Mental hospitals Bombay report 1929-33 - 1929-1933
Year: 1929
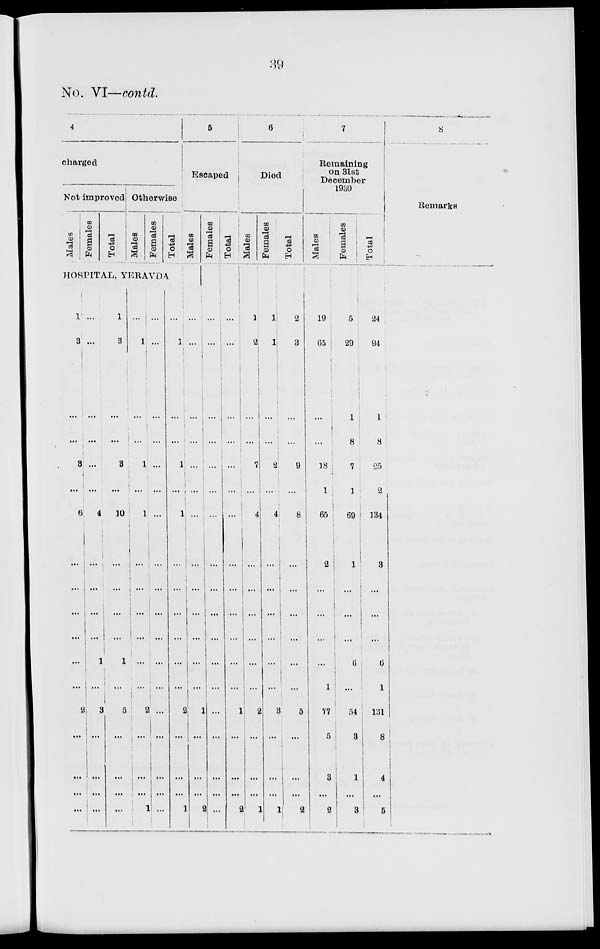
39
No. VI—contd.
4
charged
Not improved
Males
Females
Total
Otherwise
Males
Females
Total
HOSPITAL, YERAVDA
1
3
...
...
3
...
6
...
...
...
...
...
...
2
...
...
...
...
...
...
...
...
...
...
4
...
...
...
...
...
...
3
...
...
...
...
1
3
...
...
3
...
10
...
...
...
...
1
...
5
...
...
...
...
...
1
...
...
1
...
1
...
...
...
...
l
...
2
...
...
...
1
...
...
...
...
...
...
...
...
...
...
...
...
...
...
...
...
...
...
1
...
...
1
...
1
...
...
...
...
...
...
2
...
...
...
1
5
Escaped
Males
...
...
...
...
...
...
...
...
...
...
...
...
...
1
...
...
...
2
Females
...
...
...
...
...
...
...
...
...
...
...
...
...
...
...
...
...
...
Total
...
...
...
...
...
...
...
...
...
...
...
...
...
1
...
...
...
2
6
Died
Males
1
2
...
...
7
...
4
...
...
...
...
...
...
2
...
...
...
1
Females
1
1
...
...
2
...
4
...
...
...
...
...
...
3
...
...
...
1
Total
2
3
...
...
9
...
8
...
...
...
...
...
...
5
...
...
...
2
7
Remaining
on 31st
December
1930
Males
19
65
...
...
18
1
65
2
...
...
...
...
1
77
5
3
...
2
Females
5
29
1
8
7
1
69
1
...
...
...
6
...
54
3
1
...
3
Total
24
94
1
8
25
2
134
3
...
...
...
6
1
131
8
4
...
5
8
Remarks